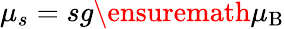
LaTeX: \mu_{s}=sg{\ensuremath{\mu_{\mathrm{B}}}}